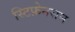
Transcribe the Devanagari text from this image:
स्टिफ़ेनसन